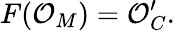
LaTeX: F({\mathcal{O}}_{M})={\mathcal{O}}_{C}^{\prime}.